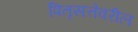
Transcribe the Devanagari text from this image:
पितृसत्तेवरील